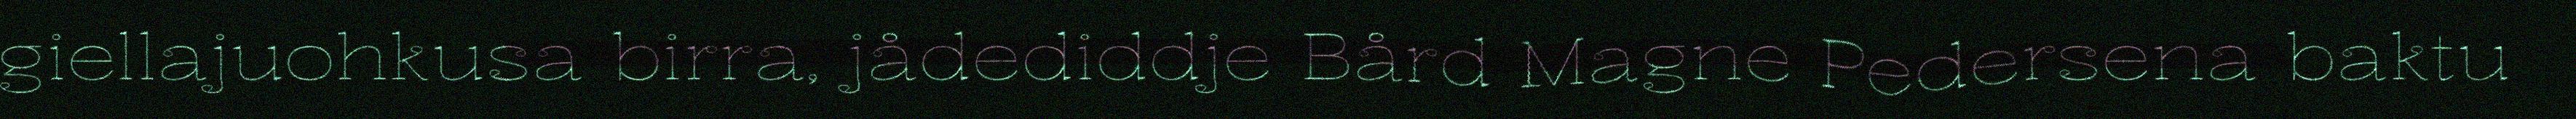
giellajuohkusa birra, jådediddje Bård Magne Pedersena baktu